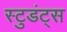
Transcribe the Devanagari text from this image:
स्टुडंट्‌स